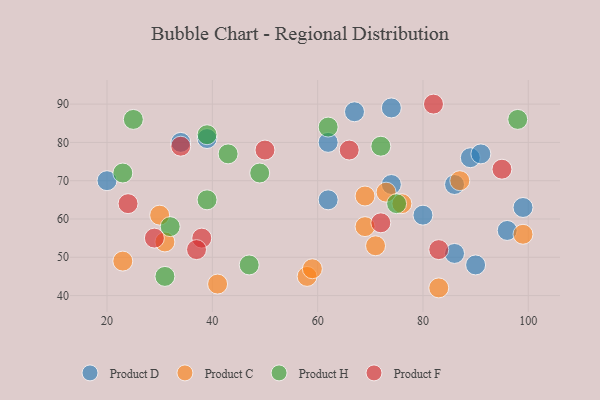
{"axis": {"x": "GDP", "y": "Life Expectancy"}, "legend": ["Product C", "Product D", "Product F", "Product H"], "data": [{"x": "74", "y": 89, "type": "Product D"}, {"x": "80", "y": 61, "type": "Product D"}, {"x": "86", "y": 51, "type": "Product D"}, {"x": "86", "y": 69, "type": "Product D"}, {"x": "96", "y": 57, "type": "Product D"}, {"x": "62", "y": 65, "type": "Product D"}, {"x": "89", "y": 76, "type": "Product D"}, {"x": "67", "y": 88, "type": "Product D"}, {"x": "99", "y": 63, "type": "Product D"}, {"x": "90", "y": 48, "type": "Product D"}, {"x": "20", "y": 70, "type": "Product D"}, {"x": "34", "y": 80, "type": "Product D"}, {"x": "62", "y": 80, "type": "Product D"}, {"x": "74", "y": 69, "type": "Product D"}, {"x": "91", "y": 77, "type": "Product D"}, {"x": "39", "y": 81, "type": "Product D"}, {"x": "76", "y": 64, "type": "Product C"}, {"x": "69", "y": 58, "type": "Product C"}, {"x": "23", "y": 49, "type": "Product C"}, {"x": "58", "y": 45, "type": "Product C"}, {"x": "41", "y": 43, "type": "Product C"}, {"x": "73", "y": 67, "type": "Product C"}, {"x": "30", "y": 61, "type": "Product C"}, {"x": "83", "y": 42, "type": "Product C"}, {"x": "87", "y": 70, "type": "Product C"}, {"x": "69", "y": 66, "type": "Product C"}, {"x": "99", "y": 56, "type": "Product C"}, {"x": "71", "y": 53, "type": "Product C"}, {"x": "59", "y": 47, "type": "Product C"}, {"x": "31", "y": 54, "type": "Product C"}, {"x": "62", "y": 84, "type": "Product H"}, {"x": "32", "y": 58, "type": "Product H"}, {"x": "98", "y": 86, "type": "Product H"}, {"x": "75", "y": 64, "type": "Product H"}, {"x": "25", "y": 86, "type": "Product H"}, {"x": "23", "y": 72, "type": "Product H"}, {"x": "49", "y": 72, "type": "Product H"}, {"x": "43", "y": 77, "type": "Product H"}, {"x": "39", "y": 65, "type": "Product H"}, {"x": "72", "y": 79, "type": "Product H"}, {"x": "47", "y": 48, "type": "Product H"}, {"x": "39", "y": 82, "type": "Product H"}, {"x": "31", "y": 45, "type": "Product H"}, {"x": "95", "y": 73, "type": "Product F"}, {"x": "38", "y": 55, "type": "Product F"}, {"x": "34", "y": 79, "type": "Product F"}, {"x": "66", "y": 78, "type": "Product F"}, {"x": "83", "y": 52, "type": "Product F"}, {"x": "72", "y": 59, "type": "Product F"}, {"x": "29", "y": 55, "type": "Product F"}, {"x": "50", "y": 78, "type": "Product F"}, {"x": "37", "y": 52, "type": "Product F"}, {"x": "24", "y": 64, "type": "Product F"}, {"x": "82", "y": 90, "type": "Product F"}]}